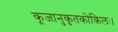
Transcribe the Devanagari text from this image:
कूजानुकृतकोकिलः।